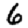
Digit: 6